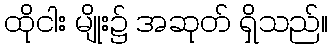
ထိုငါး မျိုး၌ အဆုတ် ရှိသည်။